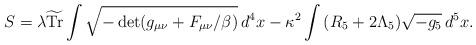
LaTeX: \begin{align*} S=\lambda \widetilde{\mathrm{Tr}}\int\sqrt{-\det(g_{\mu\nu}+F_{\mu\nu}/\beta)}\,d^4 x - \kappa^2 \int\, (R_5+2\Lambda_5)\sqrt{-g_{5}}\,d^5x.\end{align*}